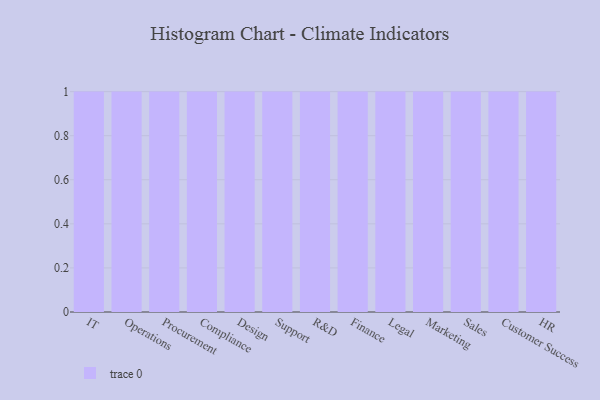
{"axis": {"x": "Department", "y": "Conversion Rate (%)"}, "legend": [""], "data": [{"x": "IT", "y": 77, "type": ""}, {"x": "Operations", "y": 99, "type": ""}, {"x": "Procurement", "y": 96, "type": ""}, {"x": "Compliance", "y": 45, "type": ""}, {"x": "Design", "y": 68, "type": ""}, {"x": "Support", "y": 81, "type": ""}, {"x": "R&D", "y": 30, "type": ""}, {"x": "Finance", "y": 21, "type": ""}, {"x": "Legal", "y": 71, "type": ""}, {"x": "Marketing", "y": 39, "type": ""}, {"x": "Sales", "y": 18, "type": ""}, {"x": "Customer Success", "y": 59, "type": ""}, {"x": "HR", "y": 24, "type": ""}]}